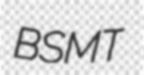
BSMT